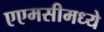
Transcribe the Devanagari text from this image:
एएमसीमध्ये